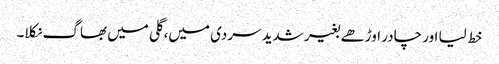
خط لیا اور چادر اوڑھے بغیر شدید سردی میں، گلی میں بھاگ نکلا۔